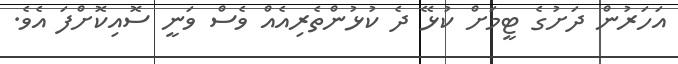
އަހަރުން ދަށުގެ ޓީމަށް ކުޅޭ ދެ ކުޅުންތެރިއެއް ވެސް ވަނީ ސޮއިކޮށްފަ އެވެ.